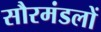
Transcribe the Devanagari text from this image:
सौरमंडलों